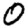
Digit: 0